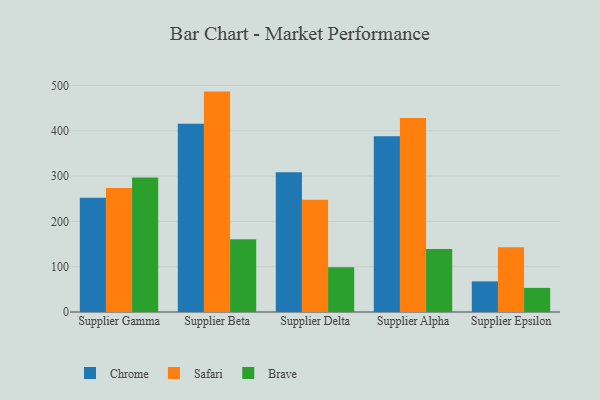
{"axis": {"x": "Supplier", "y": "Humidity (%)"}, "legend": ["Brave", "Chrome", "Safari"], "data": [{"x": "Supplier Gamma", "y": 252.3, "type": "Chrome"}, {"x": "Supplier Gamma", "y": 273.7, "type": "Safari"}, {"x": "Supplier Gamma", "y": 296.6, "type": "Brave"}, {"x": "Supplier Beta", "y": 415.3, "type": "Chrome"}, {"x": "Supplier Beta", "y": 486.4, "type": "Safari"}, {"x": "Supplier Beta", "y": 160.6, "type": "Brave"}, {"x": "Supplier Delta", "y": 308.5, "type": "Chrome"}, {"x": "Supplier Delta", "y": 247.7, "type": "Safari"}, {"x": "Supplier Delta", "y": 98.7, "type": "Brave"}, {"x": "Supplier Alpha", "y": 388.0, "type": "Chrome"}, {"x": "Supplier Alpha", "y": 428.2, "type": "Safari"}, {"x": "Supplier Alpha", "y": 138.9, "type": "Brave"}, {"x": "Supplier Epsilon", "y": 67.6, "type": "Chrome"}, {"x": "Supplier Epsilon", "y": 143.1, "type": "Safari"}, {"x": "Supplier Epsilon", "y": 53.2, "type": "Brave"}]}